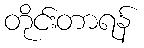
တိုင်းတာရန်